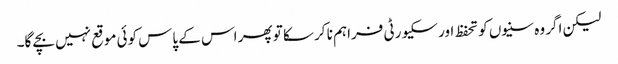
لیکن اگر وہ سنیوں کو تحفظ اور سکیورٹی فراہم نا کر سکا تو پھر اس کے پاس کوئی موقع نہیں بچے گا۔